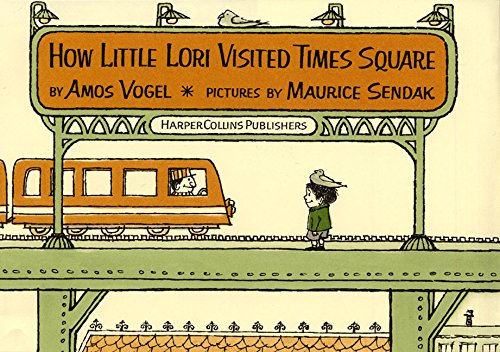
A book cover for How Little Lori Visited Times Square; Amos Vogel; Children's Books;